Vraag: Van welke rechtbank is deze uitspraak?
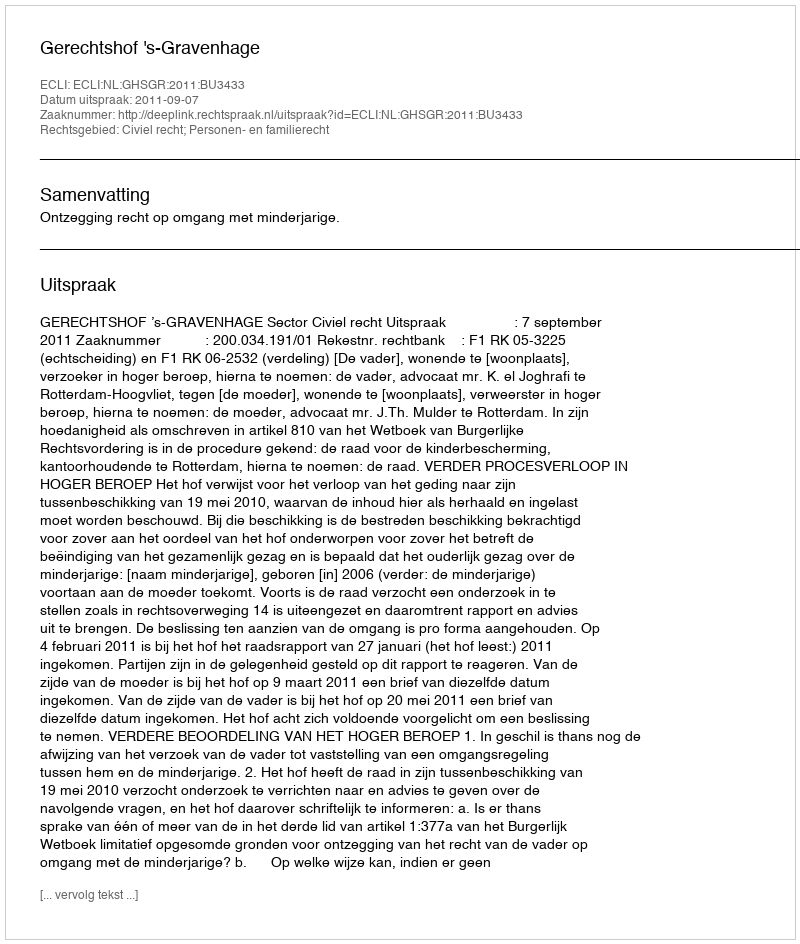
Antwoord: Gerechtshof 's-Gravenhage